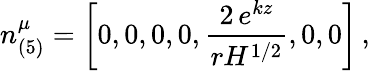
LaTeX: n_{(5)}^{\mu}=\left[0,0,0,0,\frac{2\, e^{kz}}{rH^{1/2}},0,0\right]\, ,